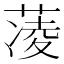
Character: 蓤